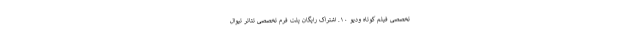
تخصصی فیلم کوتاه ودیو ۱۰. اشتراک رایگان پلت فرم تخصصی تئاتر تیوال